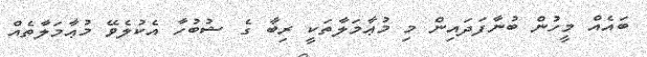
ބައެއް މީހުން ބުނާފަދައިން މި މުޢާމަލާތަކީ ރިބާ ގެ ޝުބުހާ އެކުލެވޭ މުޢާމަލާތެއް